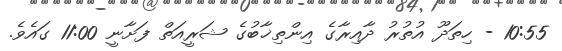
10:55 - ހިތަދޫ އުތުރު ދާއިރާގެ އިންތިޚާބުގެ ޝަރީއަތް ފަށާނީ 11:00 ގައެވެ.